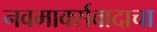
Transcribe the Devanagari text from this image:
नवमार्क्सवादाचा